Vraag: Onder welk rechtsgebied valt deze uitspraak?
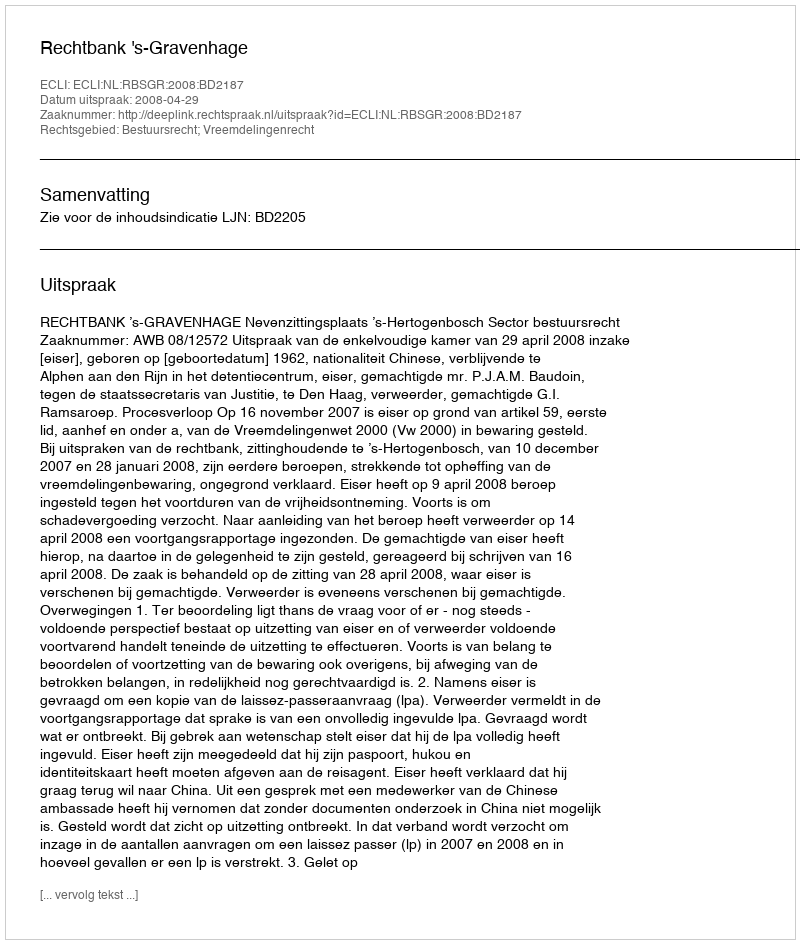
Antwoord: Bestuursrecht; Vreemdelingenrecht